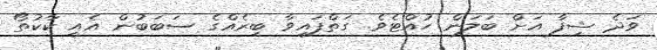
ވަދެ ޝިފާ އަށް ބަލަން ހުއްޓެވެ. ގަތްފައިވާ ބިރެއްގެ ސަބަބުން އެއީ ކާކުތޯ